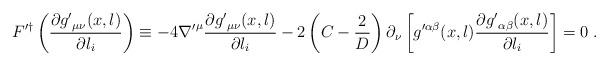
LaTeX: \begin{align*}F'^{\dag} \left( \frac{\partial {g'}_{\mu\nu}(x,l) }{\partial l_{i}}\right) \equiv - 4 {\nabla'}^{\mu} \frac{\partial {g'}_{\mu\nu}(x,l) }{\partial l_{i}} - 2 \left( C - \frac{2}{D} \right) \partial_{\nu} \left[ {g}'^{\alpha\beta}(x,l) \frac{\partial {g'}_{\alpha\beta}(x,l) }{\partial l_{i}} \right]=0 \; .\end{align*}